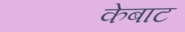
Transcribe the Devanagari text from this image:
केबाट